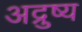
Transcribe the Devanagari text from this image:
अद्रुष्य